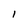
Character: l